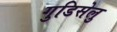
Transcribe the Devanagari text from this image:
गुडिसेलु